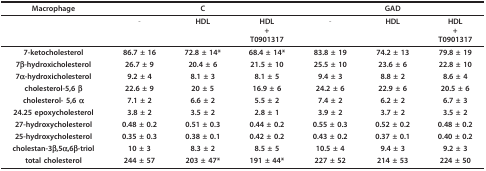
<table><thead><tr><td><b>Macrophage</b></td><td></td><td><b>C</b></td><td></td><td></td><td><b>GAD</b></td><td></td></tr></thead><tbody><tr><td></td><td>-</td><td><b>HDL</b></td><td><b>HDL</b><b>+</b><b>T0901317</b></td><td>-</td><td><b>HDL</b></td><td><b>HDL</b><b>+</b><b>T0901317</b></td></tr><tr><td><b>7-ketocholesterol</b></td><td><b>86.7 ± 16</b></td><td><b>72.8 ± 14*</b></td><td><b>68.4 ± 14*</b></td><td><b>83.8 ± 19</b></td><td><b>74.2 ± 13</b></td><td><b>79.8 ± 19</b></td></tr><tr><td><b>7β-hydroxicholesterol</b></td><td><b>26.7 ± 9</b></td><td><b>20.4 ± 6</b></td><td><b>21.5 ± 10</b></td><td><b>25.5 ± 10</b></td><td><b>23.6 ± 6</b></td><td><b>22.8 ± 10</b></td></tr><tr><td><b>7α-hydroxicholesterol</b></td><td><b>9.2 ± 4</b></td><td><b>8.1 ± 3</b></td><td><b>8.1 ± 5</b></td><td><b>9.4 ± 3</b></td><td><b>8.8 ± 2</b></td><td><b>8.6 ± 4</b></td></tr><tr><td><b>cholesterol-5,6 β</b></td><td><b>22.6 ± 9</b></td><td><b>20 ± 5</b></td><td><b>16.9 ± 6</b></td><td><b>24.2 ± 6</b></td><td><b>22.9 ± 6</b></td><td><b>20.5 ± 6</b></td></tr><tr><td><b>cholesterol- 5,6 α</b></td><td><b>7.1 ± 2</b></td><td><b>6.6 ± 2</b></td><td><b>5.5 ± 2</b></td><td><b>7.4 ± 2</b></td><td><b>6.2 ± 2</b></td><td><b>6.7 ± 3</b></td></tr><tr><td><b>24.25 epoxycholesterol</b></td><td><b>3.8 ± 2</b></td><td><b>3.5 ± 2</b></td><td><b>2.8 ± 1</b></td><td><b>3.9 ± 2</b></td><td><b>3.7 ± 2</b></td><td><b>3.5 ± 2</b></td></tr><tr><td><b>27-hydroxycholesterol</b></td><td><b>0.48 ± 0.2</b></td><td><b>0.51 ± 0.3</b></td><td><b>0.44 ± 0.2</b></td><td><b>0.55 ± 0.3</b></td><td><b>0.52 ± 0.2</b></td><td><b>0.48 ± 0.2</b></td></tr><tr><td><b>25-hydroxycholesterol</b></td><td><b>0.35 ± 0.3</b></td><td><b>0.38 ± 0.1</b></td><td><b>0.42 ± 0.2</b></td><td><b>0.43 ± 0.2</b></td><td><b>0.37 ± 0.1</b></td><td><b>0.40 ± 0.2</b></td></tr><tr><td><b>cholestan-3β,5α,6β-triol</b></td><td><b>10 ± 3</b></td><td><b>8.3 ± 2</b></td><td><b>8.5 ± 5</b></td><td><b>10.5 ± 4</b></td><td><b>9.4 ± 3</b></td><td><b>9.2 ± 3</b></td></tr><tr><td><b>total cholesterol</b></td><td><b>244 ± 57</b></td><td><b>203 ± 47*</b></td><td><b>191 ± 44*</b></td><td><b>227 ± 52</b></td><td><b>214 ± 53</b></td><td><b>224 ± 50</b></td></tr></tbody></table>